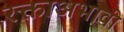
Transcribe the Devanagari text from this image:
रक्ताअभावी